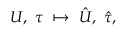
U , \ \tau \ \mapsto \ \hat { U } , \ \hat { \tau } ,